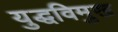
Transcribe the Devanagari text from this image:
युद्धविमुख